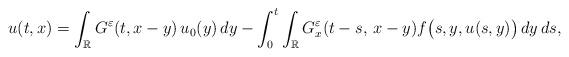
LaTeX: \begin{align*} u(t,x)=\int_{\mathbb{R}} G^{\varepsilon}(t,x-y)\,u_0 (y)\, dy - \int_0^t\int_{\mathbb{R}} G_{x}^{\varepsilon}(t-s,\, x-y) f\bigl(s,y, u(s,y)\bigr)\, dy \,ds,\end{align*}